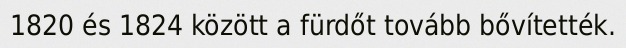
1820 és 1824 között a fürdőt tovább bővítették.